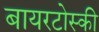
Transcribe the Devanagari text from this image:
बायरटोस्की